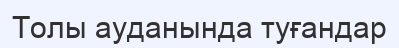
Толы ауданында туғандар